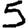
Digit: 5